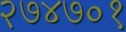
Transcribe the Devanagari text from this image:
२७४७०१